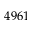
4 9 6 1